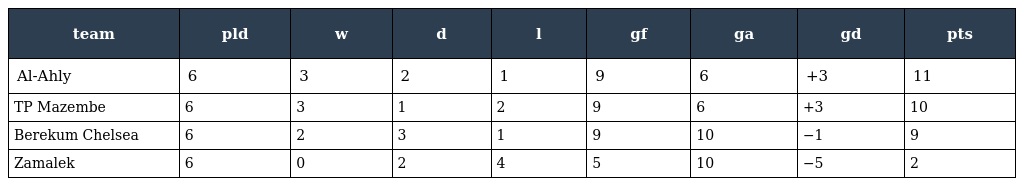
| team | pld | w | d | l | gf | ga | gd | pts |
 | --- | --- | --- | --- | --- | --- | --- | --- | --- |
 | Al-Ahly | 6 | 3 | 2 | 1 | 9 | 6 | +3 | 11 |
 | TP Mazembe | 6 | 3 | 1 | 2 | 9 | 6 | +3 | 10 |
 | Berekum Chelsea | 6 | 2 | 3 | 1 | 9 | 10 | −1 | 9 |
 | Zamalek | 6 | 0 | 2 | 4 | 5 | 10 | −5 | 2 |